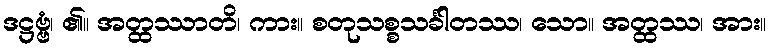
ဒဋ္ဌဗ္ဗံ၊ ၏။ အတ္ထဿာတိ၊ ကား။ စတုသစ္စသင်္ခါတဿ၊ သော။ အတ္ထဿ၊ အား။